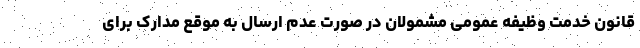
قانون خدمت وظیفه عمومی مشمولان در صورت عدم ارسال به موقع مدارک برای